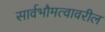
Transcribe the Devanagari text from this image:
सार्वभौमत्वावरील